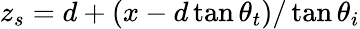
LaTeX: z_{s}=d+(x-d\tan\theta_{t})/\tan\theta_{i}